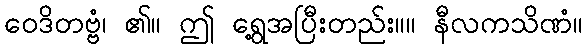
ဝေဒိတဗ္ဗံ၊ ၏။ ဤ ရွေ့အပြီးတည်း။။ နီလကသိဏံ။